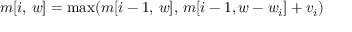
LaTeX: m [ i , \, w ] = \operatorname* { m a x } ( m [ i - 1 , \, w ] , \, m [ i - 1 , w - w _ { i } ] + v _ { i } )